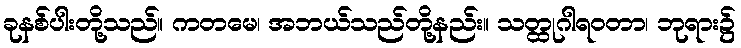
ခုနစ်ပါးတို့သည်။ ကတမေ၊ အဘယ်သည်တို့နည်း။ သတ္ထုဂါရဝတာ၊ ဘုရား၌